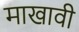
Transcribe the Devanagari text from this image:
माखावी